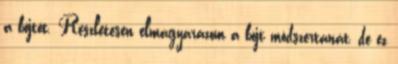
a böjtöt. Részletesen elmagyarázom a böjt módszertanát, de ez